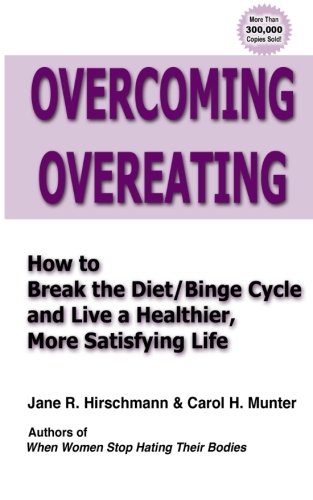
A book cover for Overcoming Overeating: How to Break the Diet/Binge Cycle and Live a Healthier, More Satisfying Life; Jane R. Hirschmann; Health, Fitness & Dieting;